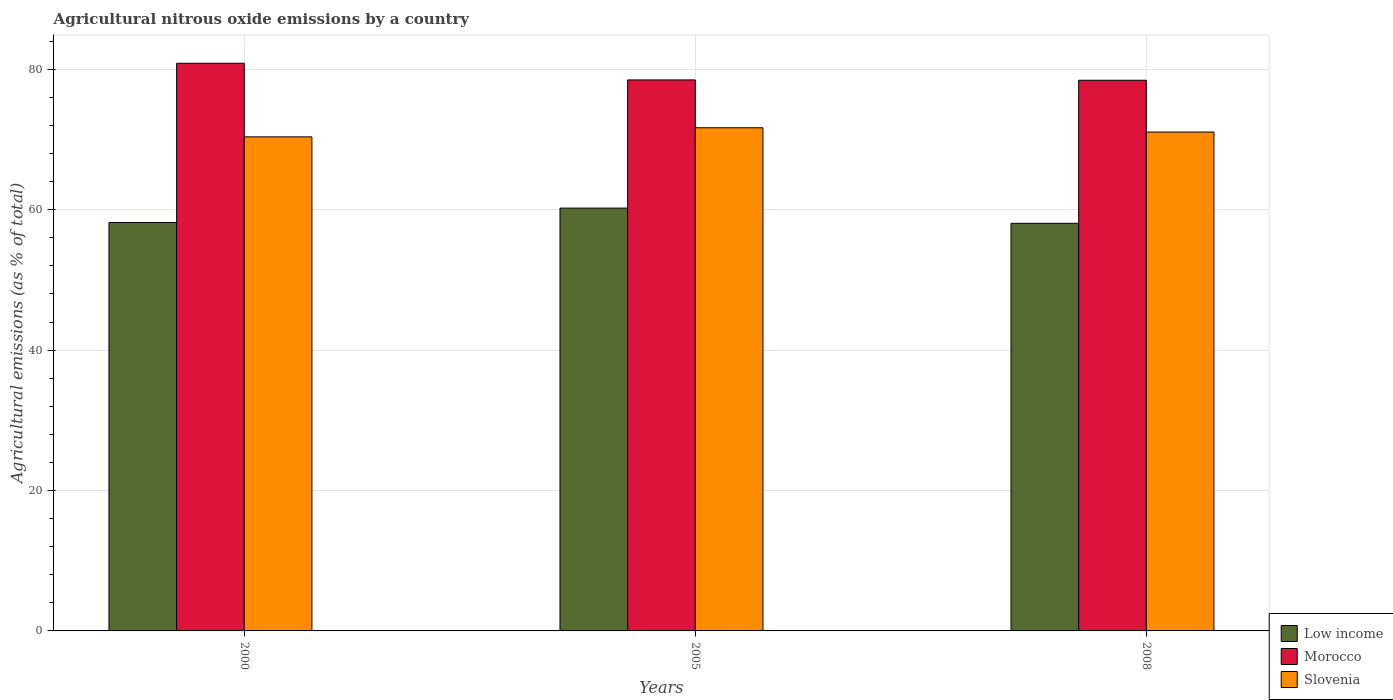
| Years | Low income | Morocco | Slovenia |
 | --- | --- | --- | --- |
 | 2000 | 58.2 | 80.9 | 70.4 |
 | 2005 | 60.2 | 78.5 | 71.7 |
 | 2008 | 58.1 | 78.4 | 71.1 |